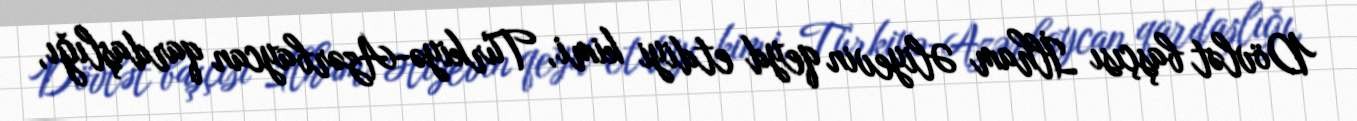
Dövlət başçısı İlham Əliyevin qeyd etdiyi kimi, Türkiyə-Azərbaycan qardaşlığı,